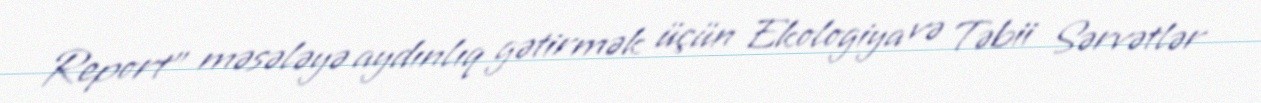
Report" məsələyə aydınlıq gətirmək üçün Ekologiya və Təbii Sərvətlər